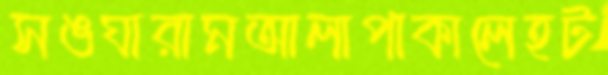
সঙঘারামআলাপাকালেহট